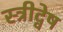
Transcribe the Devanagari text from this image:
स्त्रीद्वेष